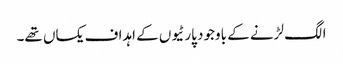
الگ لڑنے کے باوجود پارٹیوں کے اہداف یکساں تھے۔